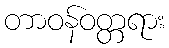
တာဝန်ဝတ္တရား